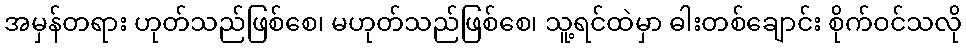
အမှန်တရား ဟုတ်သည်ဖြစ်စေ၊ မဟုတ်သည်ဖြစ်စေ၊ သူ့ရင်ထဲမှာ ဓါးတစ်ချောင်း စိုက်ဝင်သလို